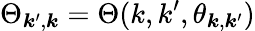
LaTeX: \Theta_{\boldsymbol{k}^{\prime},\boldsymbol{k}}=\Theta(k,k^{\prime},\theta_{\boldsymbol{k},\boldsymbol{k}^{\prime}})